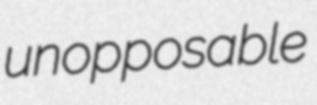
unopposable